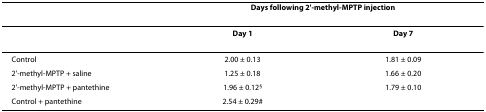
<table><thead><tr><td></td><td colspan="2"><b>Days following 2&#x27;-methyl-MPTP injection</b></td></tr></thead><tbody><tr><td></td><td><b>Day 1</b></td><td><b>Day 7</b></td></tr><tr><td>Control</td><td>2.00 ± 0.13</td><td>1.81 ± 0.09</td></tr><tr><td>2&#x27;-methyl-MPTP + saline</td><td>1.25 ± 0.18</td><td>1.66 ± 0.20</td></tr><tr><td>2&#x27;-methyl-MPTP + pantethine</td><td>1.96 ± 0.12<sup>§</sup></td><td>1.79 ± 0.10</td></tr><tr><td>Control + pantethine</td><td>2.54 ± 0.29#</td><td></td></tr></tbody></table>